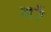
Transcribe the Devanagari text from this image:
मर्र